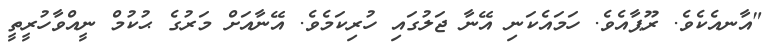
"އާނއެކެވެ. ރޫޕާއެވެ. ހަމައެކަނި އޭނާ ޖަލުގައި ހުރިކަމެވެ. އޭނާއަށް މަރުގެ ޙުކުމް ނީއްވާހުރީތީ